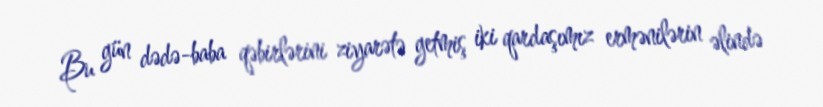
Bu gün dədə-baba qəbirlərini ziyarətə getmiş iki qardaşımız ermənilərin əlində